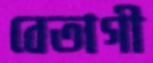
বেতাগী